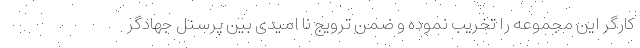
کارگر این مجموعه را تخریب نموده و ضمن ترویج نا امیدی بین پرسنل جهادگر